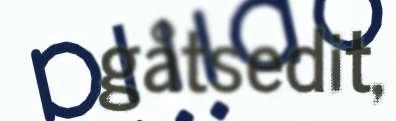
gåtsedit,